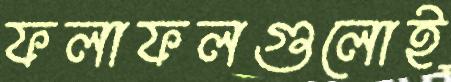
ফলাফলগুলোই